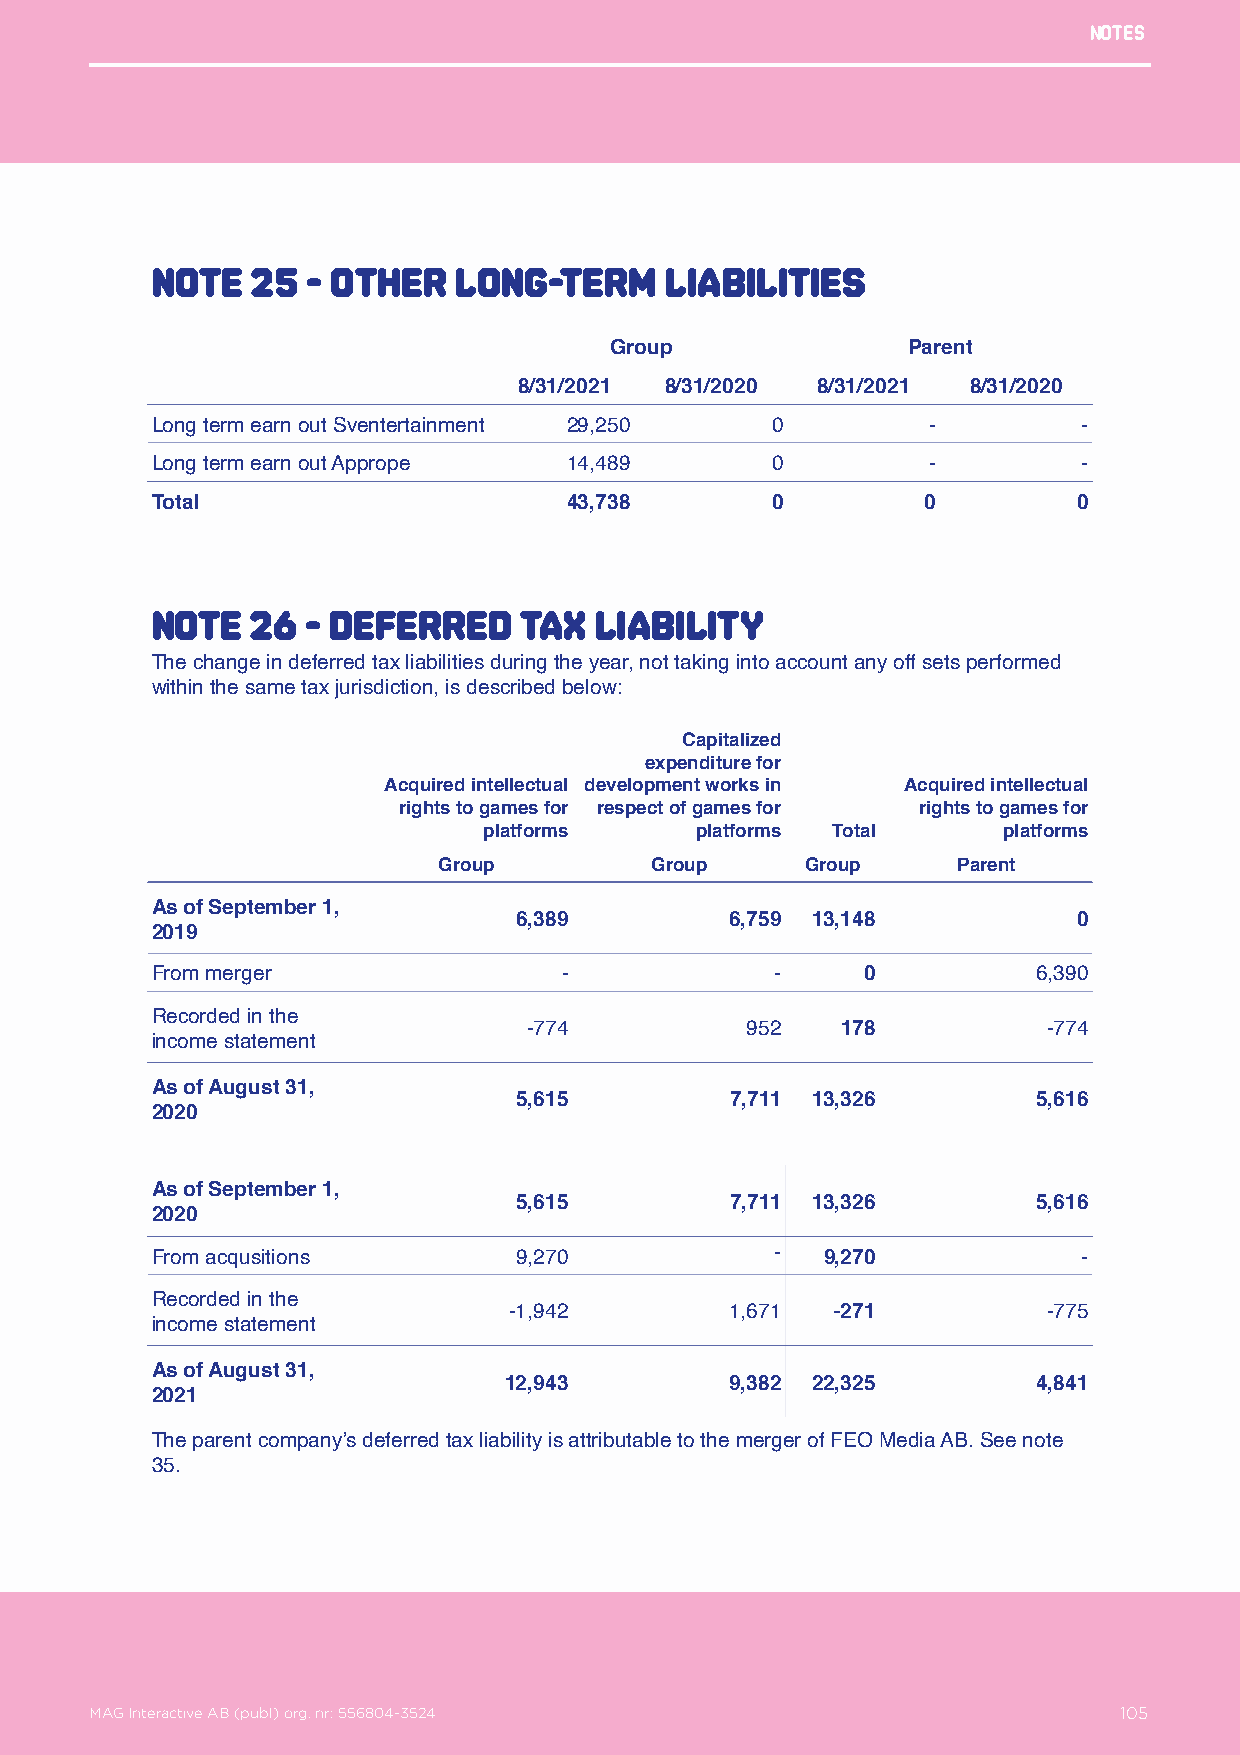
Notes
 Note   25 - Other   long-term     liabilities
 Group               Parent
 8/31/2021 8/31/2020 8/31/2021 8/31/2020
 Long term earn out Sventertainment 29,250 0        -          -
 Long term earn out Apprope  14,489       0         -          -
 Total                       43,738       0         0         0
 NotE   26 - Deferred    tax  liability
 The change in deferred tax liabilities during the year, not taking into account any off sets performed
 within the same tax jurisdiction, is described below:
 Capitalized
 expenditure for
 Acquired intellectual development works in Acquired intellectual
 rights to games for respect of games for rights to games for
 platforms     platforms Total     platforms
 Group         Group     Group     Parent
 As of September 1,
 6,389         6,759 13,148           0
 2019
 From merger                -             -     0           6,390
 Recorded in the
 -774          952    178          -774
 income statement
 As of August 31,
 5,615         7,711 13,326         5,616
 2020
 As of September 1,
 5,615         7,711 13,326         5,616
 2020
 From acqusitions        9,270            -   9,270            -
 Recorded in the
 -1,942        1,671  -271          -775
 income statement
 As of August 31,
 12,943         9,382 22,325         4,841
 2021
 The parent company’s deferred tax liability is attributable to the merger of FEO Media AB. See note
 35.
 MAG Interactive AB (publ) org. nr: 556804-3524                  105
 MAG Interactive AB (publ) org. nr: 556804-3524                      105